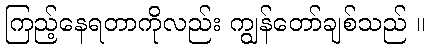
ကြည့်နေရတာကိုလည်း ကျွန်တော်ချစ်သည် ။